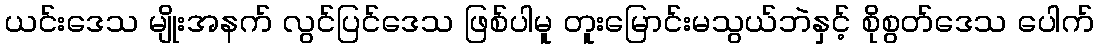
ယင်းဒေသ မျိုးအနက် လွင်ပြင်ဒေသ ဖြစ်ပါမူ တူးမြောင်းမသွယ်ဘဲနှင့် စိုစွတ်ဒေသ ပေါက်